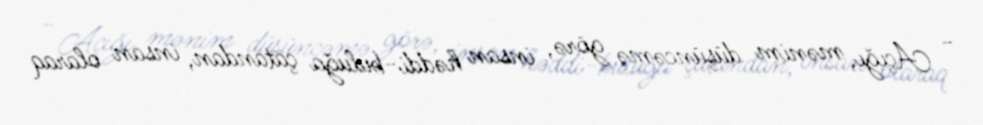
- Açığı, mənim düşüncəmə görə, insan həddi-buluğa çatandan, insan olaraq